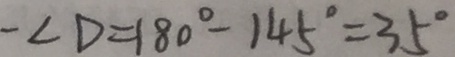
- \angle D = 1 8 0 ^ { \circ } - 1 4 5 ^ { \circ } = 3 5 ^ { \circ }